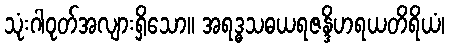
သုံးဂါဝုတ်အလျားရှိသော။ အရဒ္ဓသဓယရဇန္ဒိဟရယတိရိယံ၊